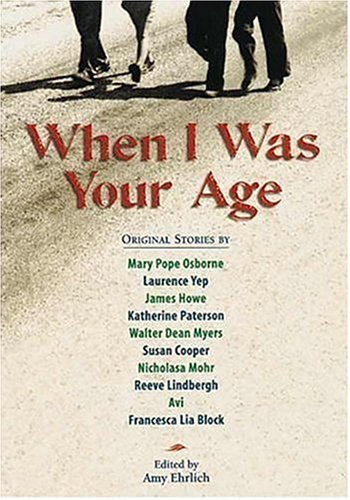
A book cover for When I Was Your Age, Volume One: Original Stories About Growing Up; Children's Books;